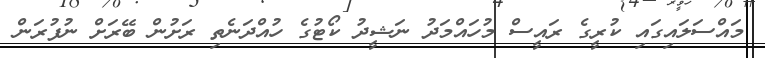
މައްސަލައިގައި ކުރީގެ ރައީސް މުހައްމަދު ނަޝީދު ކޯޓުގެ ހުއްދަނެތި ރަށުން ބޭރަށް ނުފުރަން